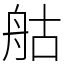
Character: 䑩